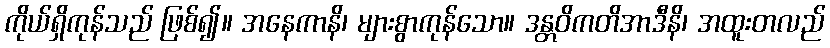
ကိုယ်ရှိကုန်သည် ဖြစ်၍။ အနေကာနိ၊ များစွာကုန်သော။ ဒန္တဝိကတိအာဒီနိ၊ အထူးတလည်